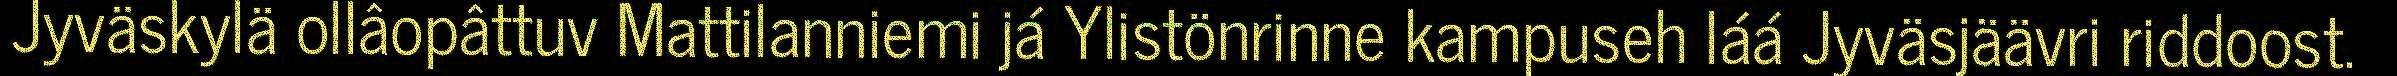
Jyväskylä ollâopâttuv Mattilanniemi já Ylistönrinne kampuseh láá Jyväsjäävri riddoost.